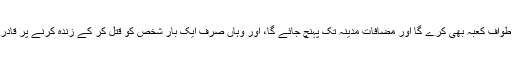
(2) دوسرا دجال ’’دجالِ مسلم‘‘ وہ ہے جو مسلم ملک (اصفہان / خراسان) سے خروج کرے گا، وہ طوافِ کعبہ بھی کرے گا اور مضافاتِ مدینہ تک پہنچ جائے گا، اور وہاں صرف ایک بار شخص کو قتل کر کے زندہ کرنے پر قادر ہوگا لیکن دوبارہ ایسا نہ کر سکے گا اور خدائی کا دعویٰ دار ہوگا، وہ سیدھی آنکھ سے کانا ہوگا۔